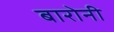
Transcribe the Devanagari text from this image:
बारोनी